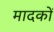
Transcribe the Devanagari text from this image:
मादकों